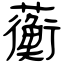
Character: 蘅